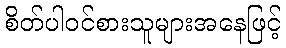
စိတ်ပါဝင်စားသူများအနေဖြင့်